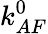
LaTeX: k_{AF}^{0}